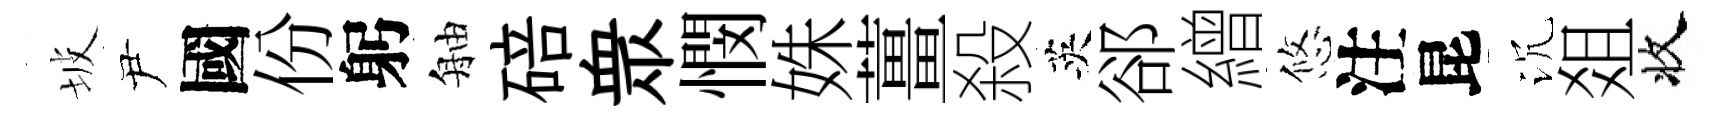
坡尹國份躬舳碚衆憫姝薑殺英郤繒悠注昆沉爼收